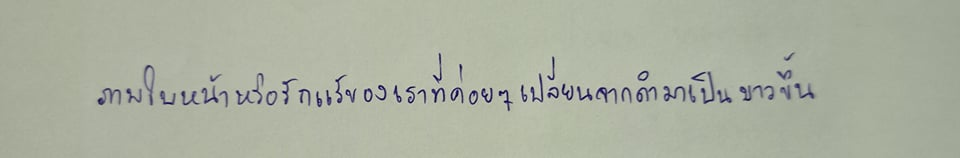
ภาพใบหน้าหรือรักแร้ของเราที่ค่อยๆเปลี่ยนจากดำมาเป็นขาวขึ้น